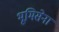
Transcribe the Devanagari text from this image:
भूमिसेना